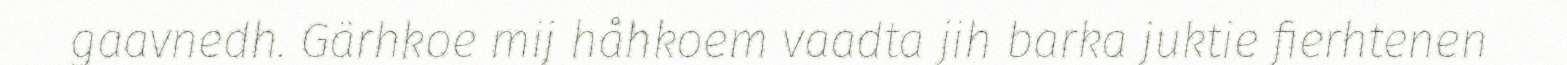
gaavnedh. Gärhkoe mij håhkoem vaadta jih barka juktie fierhtenen